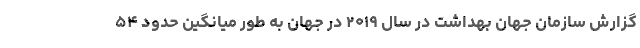
گزارش سازمان جهان بهداشت در سال ۲۰۱۹ در جهان به طور میانگین حدود ۵۴